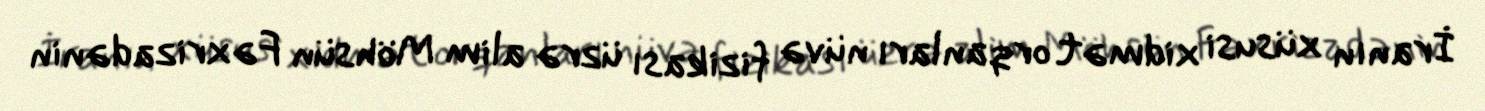
İranın xüsusi xidmət orqanları nüvə fizikası üzrə alim Möhsün Fəxrizadənin